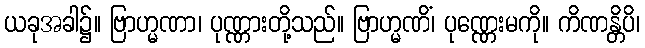
ယခုအခါ၌။ ဗြာဟ္မဏာ၊ ပုဏ္ဏားတို့သည်။ ဗြာဟ္မဏိံ၊ ပုဏ္ဏေးမကို။ ကိဏန္တိပိ၊